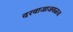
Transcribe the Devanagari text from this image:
दरवाजाजवळच